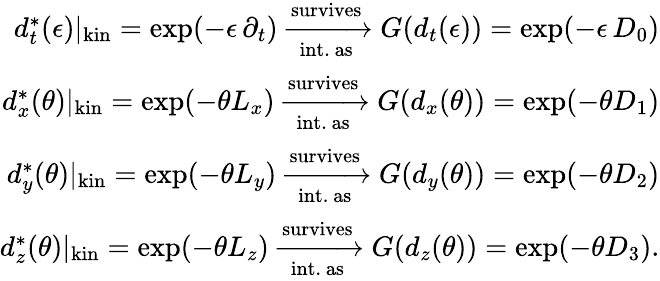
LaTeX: \begin{array}{r}{d_{t}^{*}(\epsilon)\vert_{\mathrm{kin}}=\mathrm{exp}(-\epsilon\, \partial_{t})\xrightarrow[\mathrm{int.~as}]{\mathrm{survives}}G(d_{t}(\epsilon))=\mathrm{exp}(-\epsilon\, D_{0})}\\ {d_{x}^{*}(\theta)\vert_{\mathrm{kin}}=\mathrm{exp}(-\theta L_{x})\xrightarrow[\mathrm{int.~as}]{\mathrm{survives}}G(d_{x}(\theta))=\mathrm{exp}(-\theta D_{1})}\\ {d_{y}^{*}(\theta)\vert_{\mathrm{kin}}=\mathrm{exp}(-\theta L_{y})\xrightarrow[\mathrm{int.~as}]{\mathrm{survives}}G(d_{y}(\theta))=\mathrm{exp}(-\theta D_{2})}\\ {d_{z}^{*}(\theta)\vert_{\mathrm{kin}}=\mathrm{exp}(-\theta L_{z})\xrightarrow[\mathrm{int.~as}]{\mathrm{survives}}G(d_{z}(\theta))=\mathrm{exp}(-\theta D_{3}).}\end{array}